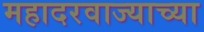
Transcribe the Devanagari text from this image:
महादरवाज्याच्या